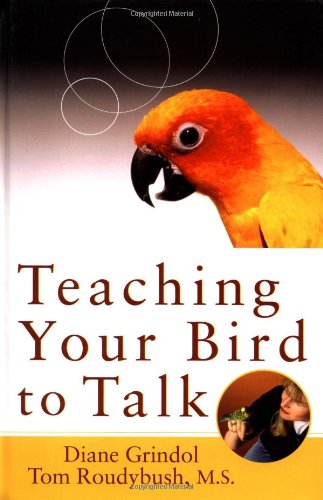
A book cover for Teaching Your Bird to Talk; Diane Grindol; Crafts, Hobbies & Home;